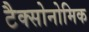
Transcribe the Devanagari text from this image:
टैक्सोनोमिक